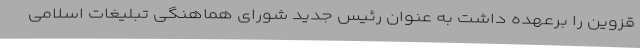
قزوین را برعهده داشت به عنوان رئیس جدید شورای هماهنگی تبلیغات اسلامی